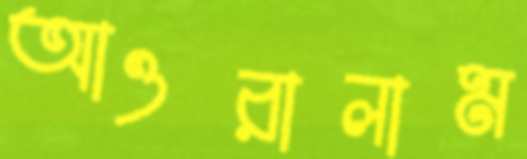
আওরালাম